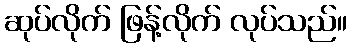
ဆုပ်လိုက် ဖြန့်လိုက် လုပ်သည်။